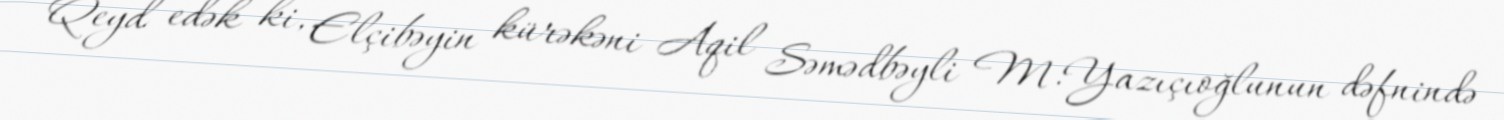
Qeyd edək ki, Elçibəyin kürəkəni Aqil Səmədbəyli M.Yazıçıoğlunun dəfnində